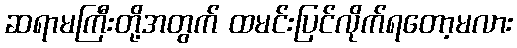
ဆရာမကြီးတို့အတွက် ထမင်းပြင်လိုက်ရတော့မလား